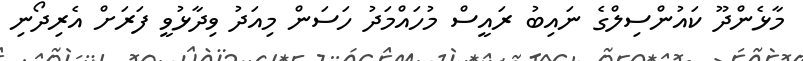
މާޅެންދޫ ކައުންސިލްގެ ނައިބު ރައީސް މުހައްމަދު ހަސަން މިއަދު ވިދާޅުވީ ފަރަށް އެރިދޯނި